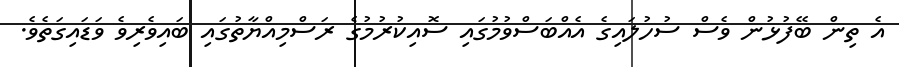
އެ ތިން ބޭފުޅުން ވެސް ސުހުލައިގެ އެއްބަސްވުމުގައި ސޮއިކުރުމުގެ ރަސްމިއްޔާތުގައި ބައިވެރިވެ ވަޑައިގަތެވެ.